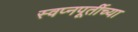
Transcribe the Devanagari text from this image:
स्वप्नपूर्तीच्या